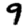
Digit: 9